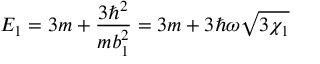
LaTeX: E _ { 1 } = 3 m + \frac { 3 \hbar ^ { 2 } } { m b _ { 1 } ^ { 2 } } = 3 m + 3 \hbar \omega \sqrt { 3 \chi _ { 1 } }